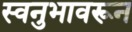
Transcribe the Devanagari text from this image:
स्वनुभावरून